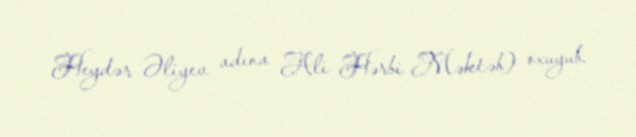
Heydər Əliyev adına Ali Hərbi Məktəb) oxuyub.